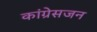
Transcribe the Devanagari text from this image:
कांग्रेसजन